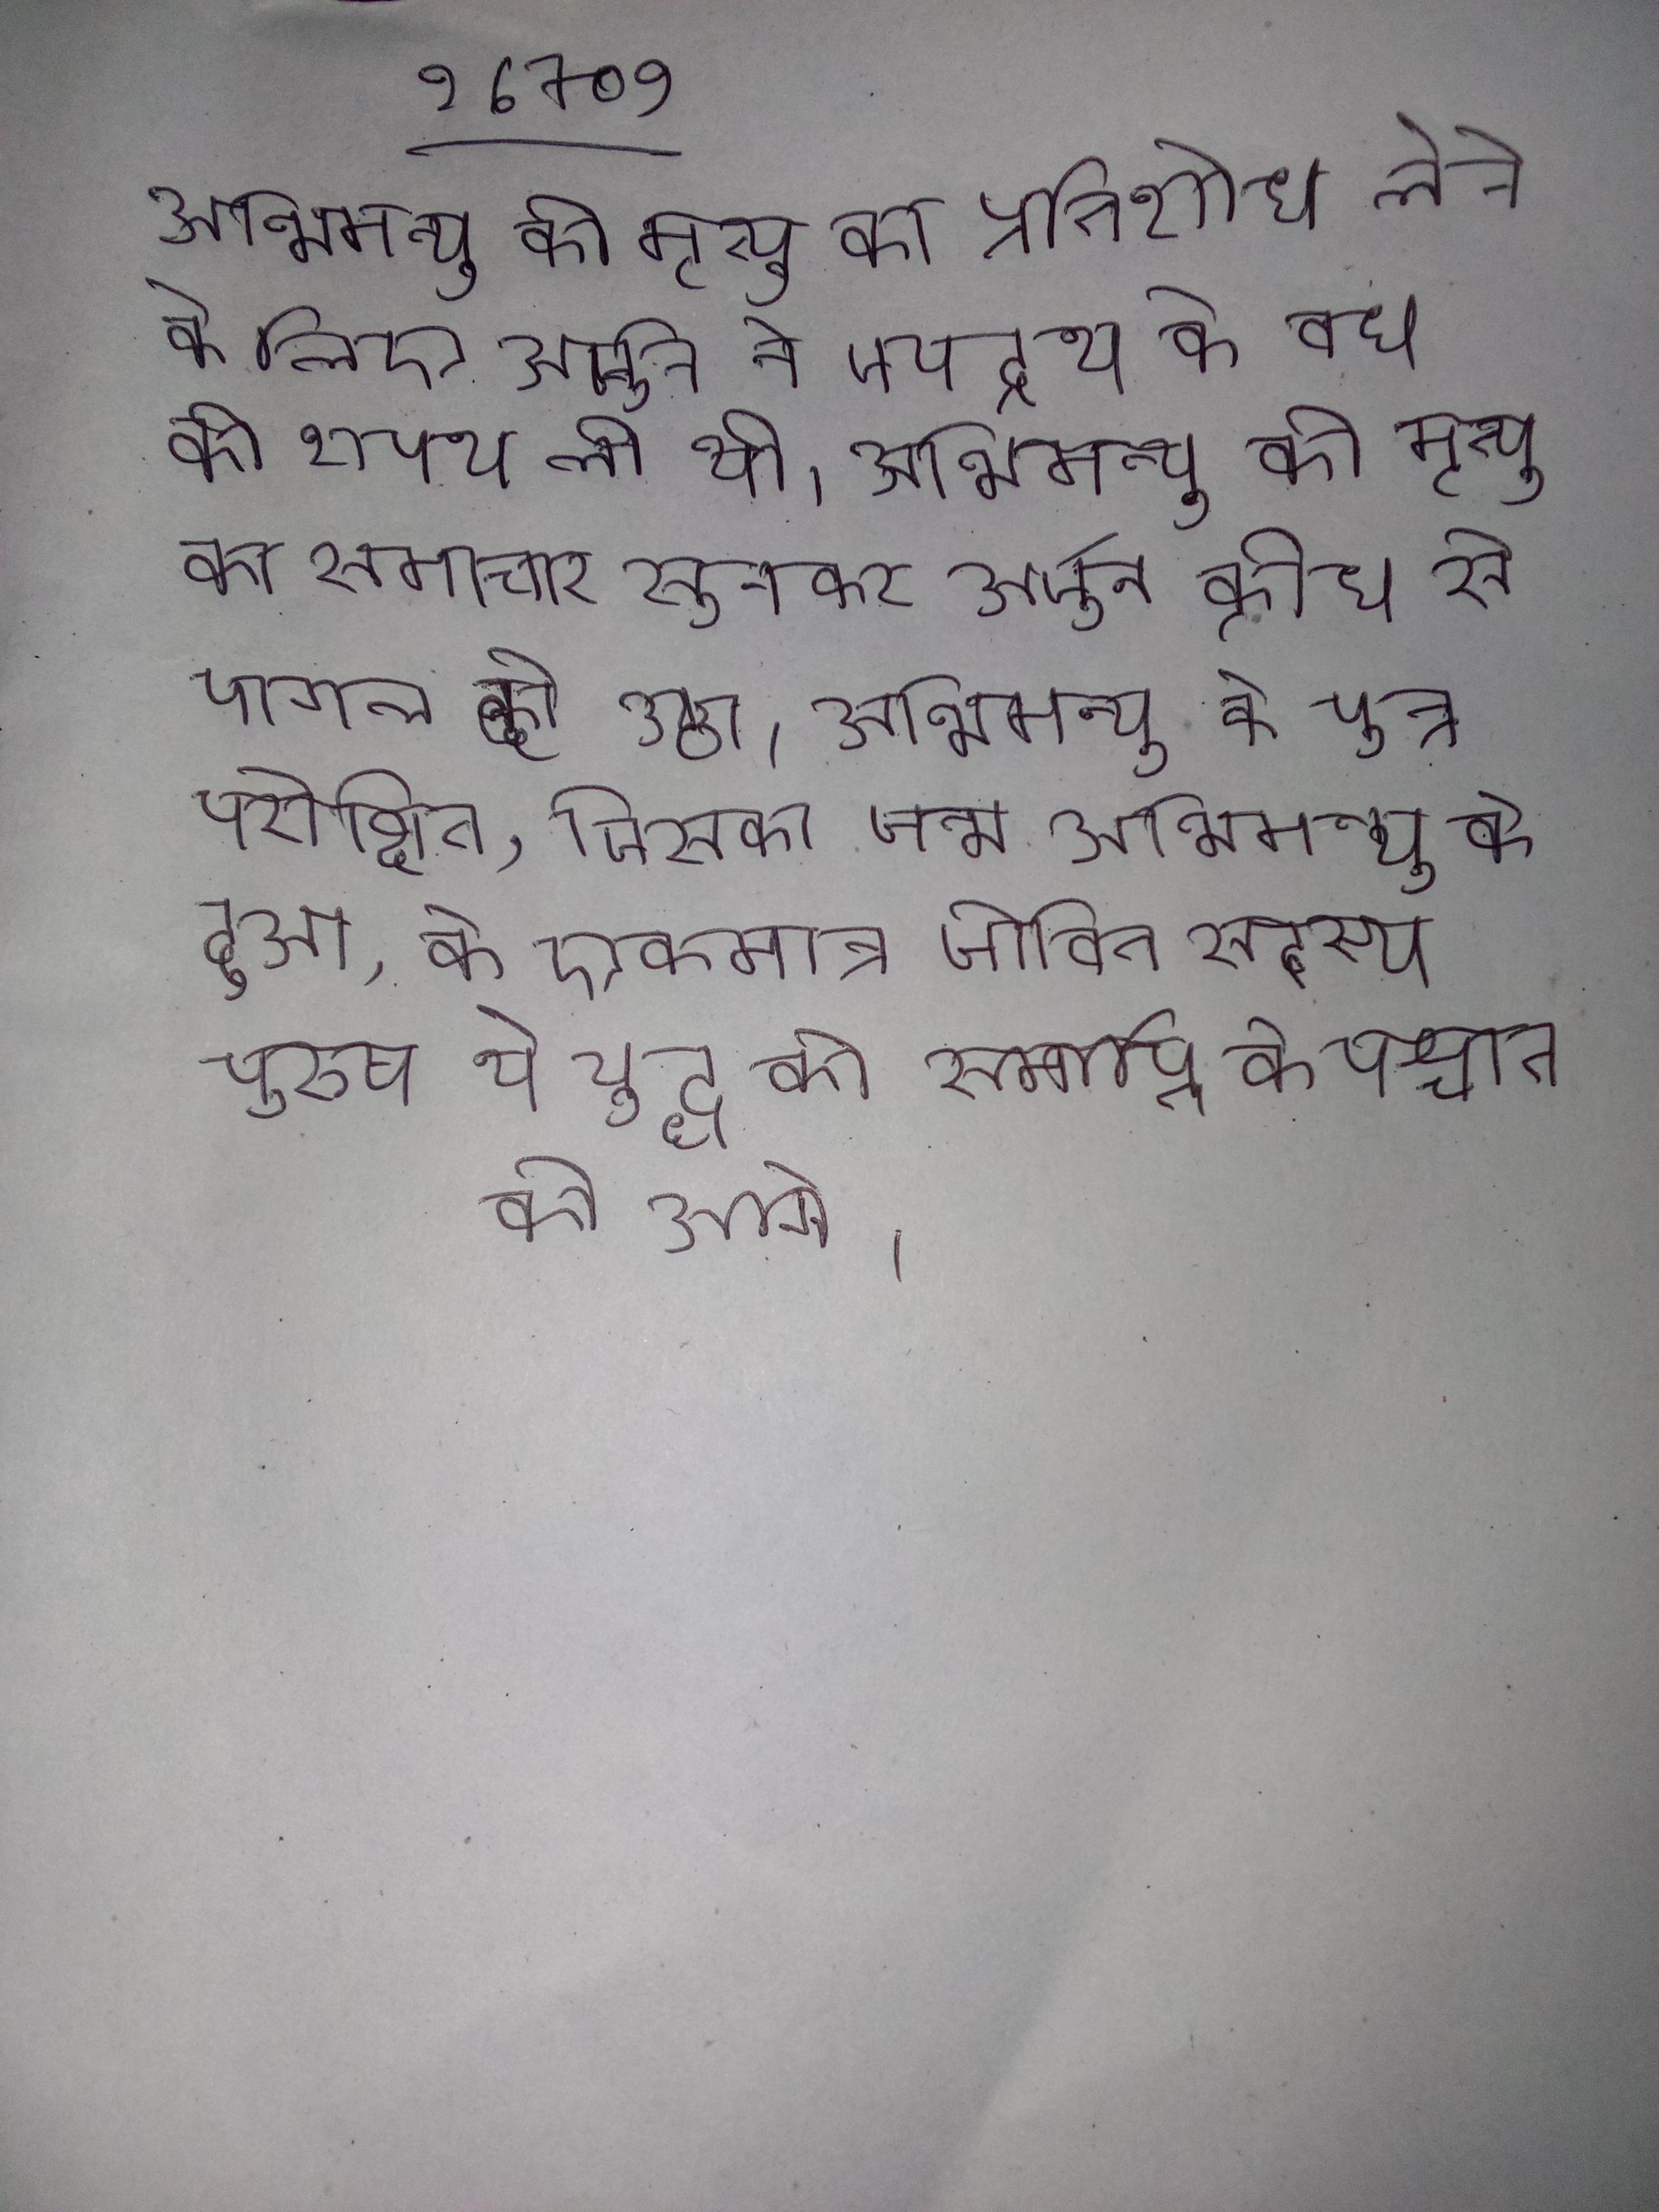
अभिमन्यु की मृत्यु का प्रतिशोध लेने के लिये अर्जुन ने जयद्रथ के वध की शपथ ली थी । अभिमन्यु की मृत्यु का समाचार सुनकर अर्जुन क्रोध से पागल हो उठा । अभिमन्यु के पुत्र परीक्षित, जिसका जन्म अभिमन्यु के हुआ, के एकमात्र जीवित सदस्य पुरुष थे युद्ध की समाप्ति के पश्चात को आगे ।